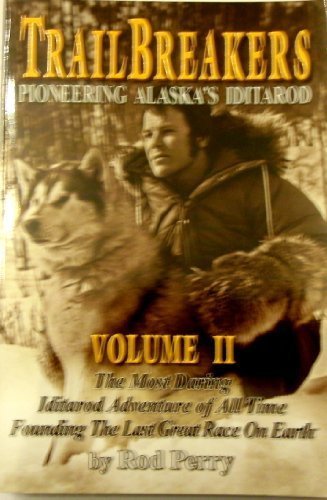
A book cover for Trailbreakers, Pioneering Alaska's Iditarod, Vol. 2: The Most Daring Iditarod Adventure of All Time- founding the Last Great Race on Earth; Rod Perry; Sports & Outdoors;